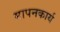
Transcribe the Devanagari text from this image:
मापनकार्य